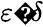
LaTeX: \varepsilon{\mathrm{�}}\delta